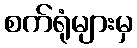
စက်ရုံများမှ